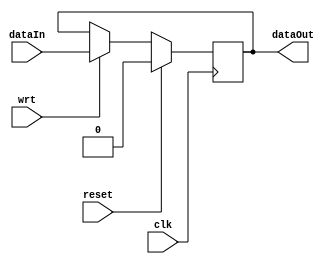
`timescale 1ns/1ps
module FlipFlop (
	clk,
	reset,
	wrt,
	dataIn,
	dataOut
);
	//--------------------------------------------------------------------------------------
	input  clk;
	input  reset;
	input  wrt;
	input  dataIn;
	output dataOut;
	
	//--------------------------------------------------------------------------------------
	reg data;
	
	always @(posedge clk) begin
		if (wrt)
			data <= dataIn;
		
		if (reset)
			data <= 1'b0;
	end
	
	assign dataOut = data;

endmodule